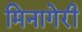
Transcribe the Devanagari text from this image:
मिनागेरी